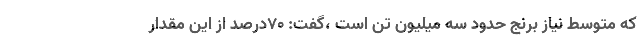
که متوسط نیاز برنج حدود سه میلیون تن است ،گفت: ۷۰درصد از این مقدار